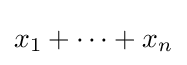
x_{1}+\cdots +x_{n}